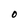
Character: O